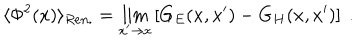
\langle \Phi ^ { 2 } ( x ) \rangle _ { R e n . } = \lim _ { x ^ { \prime } \to x } \left[ G _ { E } ( x , x ^ { \prime } ) - G _ { H } ( x , x ^ { \prime } ) \right] \ .